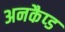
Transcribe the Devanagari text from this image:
अनकैप्ड